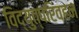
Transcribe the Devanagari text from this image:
विद्युत्परिवहन